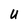
Character: U